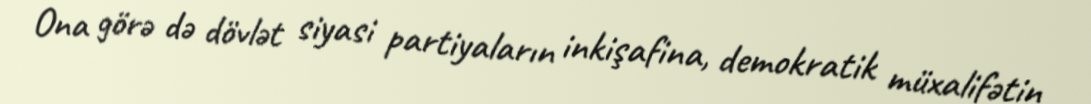
Ona görə də dövlət siyasi partiyaların inkişafina, demokratik müxalifətin